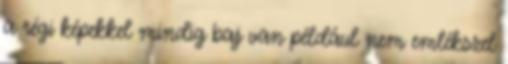
a régi képekkel mindig baj van például nem emlékszel